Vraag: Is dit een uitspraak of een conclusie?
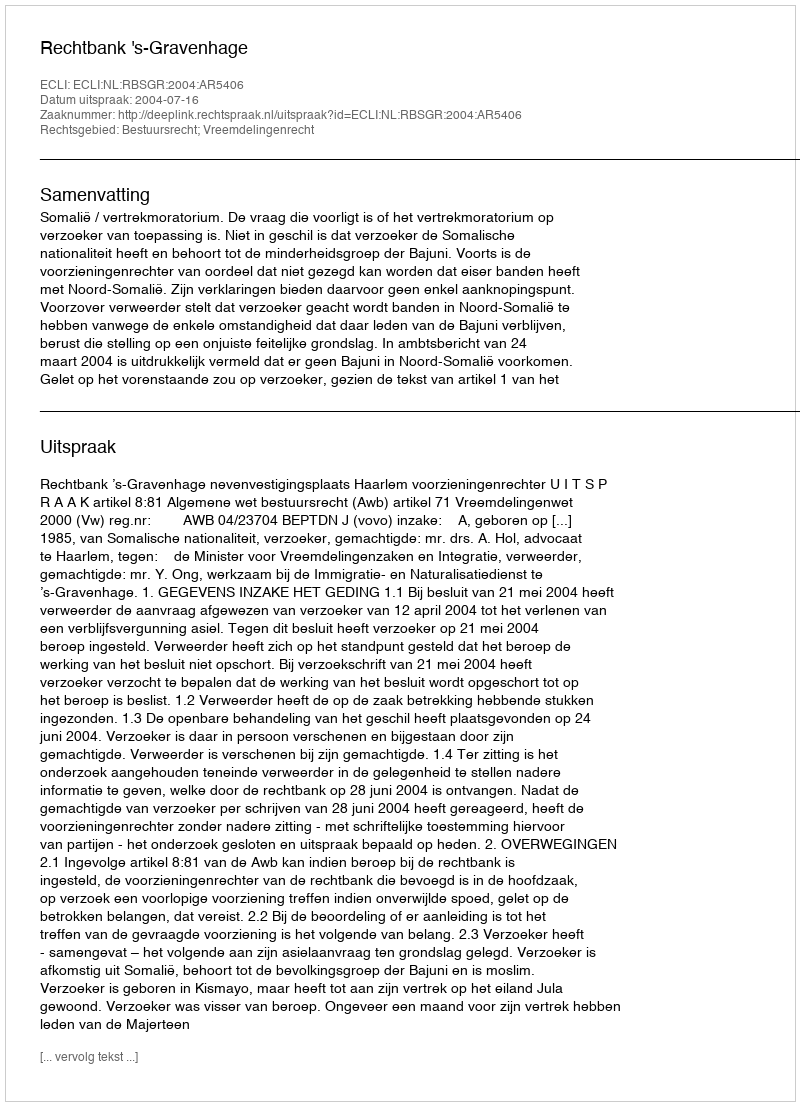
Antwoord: Uitspraak